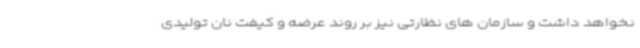
نخواهد داشت و سازمان های نظارتی نیز بر روند عرضه و کیفت نان تولیدی